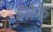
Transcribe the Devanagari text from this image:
झोकें